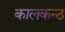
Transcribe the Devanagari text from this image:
कालकन्ठ